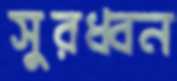
সুরধ্বন